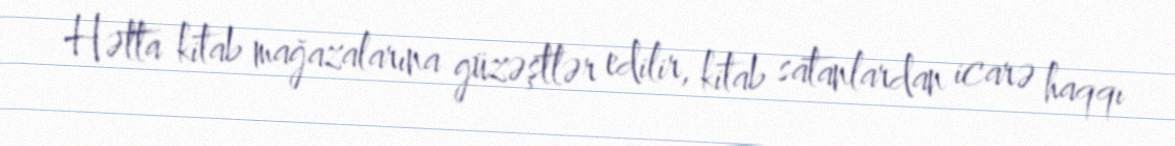
Hətta kitab mağazalarına güzəştlər edilir, kitab satanlardan icarə haqqı